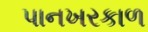
પાનખરકાળ